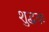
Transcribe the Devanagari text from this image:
शुद्धक